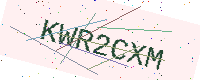
Text: KWR2CXM